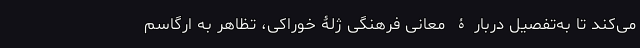
می‌کند تا به‌تفصیل دربارۀ معانی فرهنگی‌ ژلۀ خوراکی، تظاهر به ارگاسم